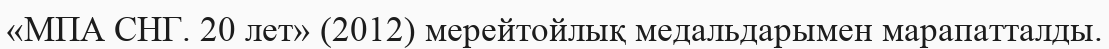
«МПА СНГ. 20 лет» (2012) мерейтойлық медальдарымен марапатталды.